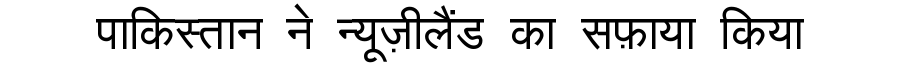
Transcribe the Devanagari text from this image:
पाकिस्तान ने न्यूज़ीलैंड का सफ़ाया किया